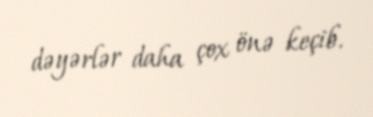
dəyərlər daha çox önə keçib.